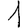
Digit: 1